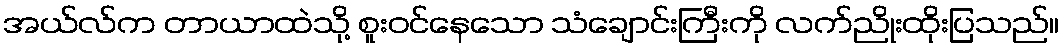
အယ်လ်က တာယာထဲသို့ စူးဝင်နေသော သံချောင်းကြီးကို လက်ညိုးထိုးပြသည်။